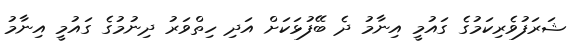
ޝަރަފުވެރިކަމުގެ ގައުމީ އިނާމު ދެ ބޭފުޅަކަށް އަދި ހިތްވަރު ދިނުމުގެ ގައުމީ އިނާމު